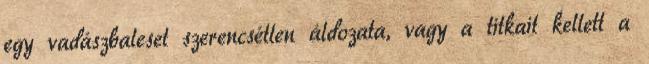
egy vadászbaleset szerencsétlen áldozata, vagy a titkait kellett a